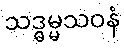
သဒ္ဓမ္မသဝနံ